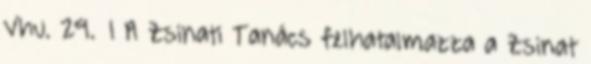
Vhu. 29.§ 1 A Zsinati Tanács felhatalmazza a Zsinat